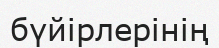
бүйірлерінің